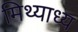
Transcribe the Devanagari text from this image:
मिथ्याध्य